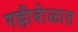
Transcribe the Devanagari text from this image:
गल्लीबोळात